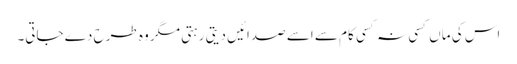
اس کی ماں کسی نہ کسی کام سے اسے صدائیں دیتی رہتی مگر وہ طرح دے جاتی۔